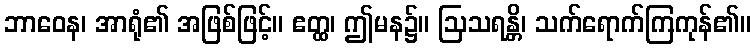
ဘာဝေန၊ အာရုံ၏ အဖြစ်ဖြင့်။ ဧတ္ထ၊ ဤမန၌။ ဩသရန္တိ၊ သက်ရောက်ကြကုန်၏။